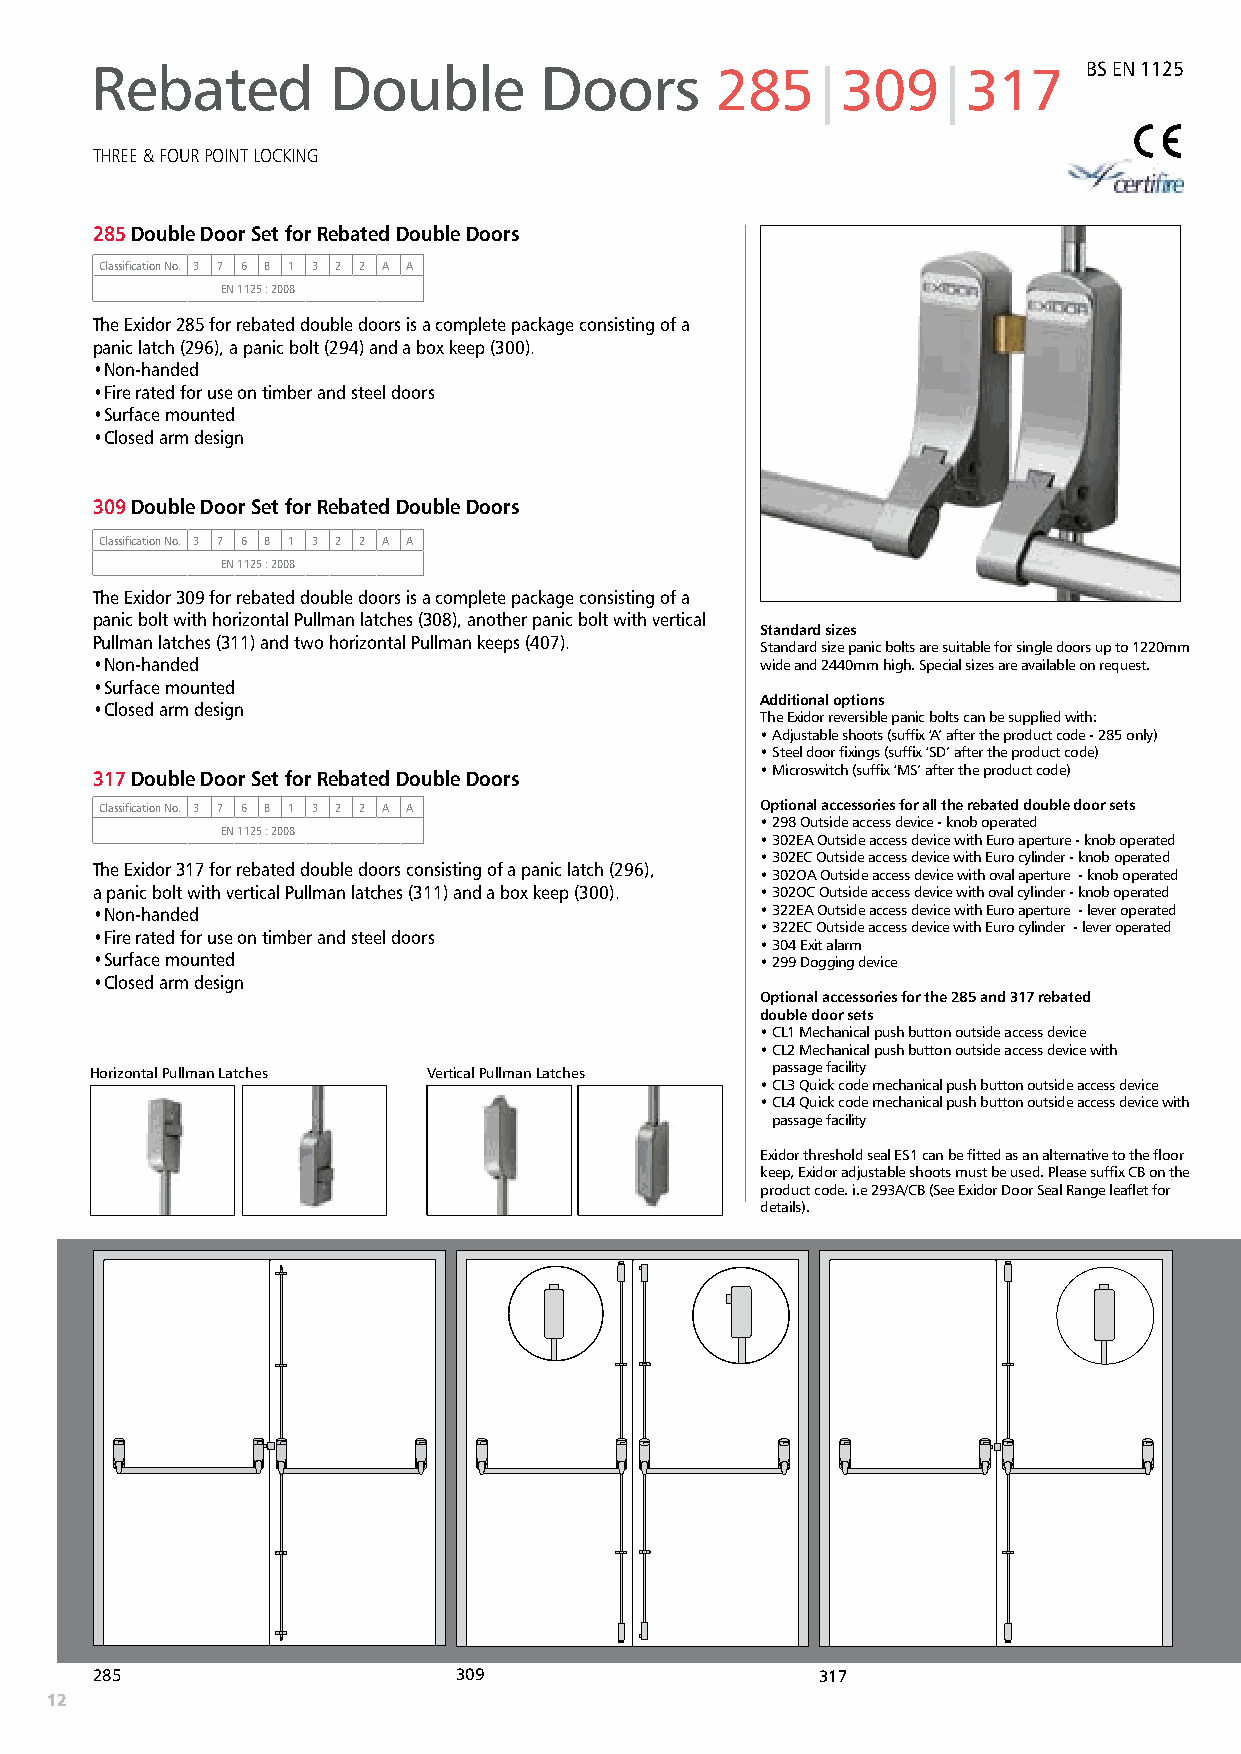
Rebated         Double        Doors      285|309|317              BS EN 1125
 THREE & FOUR POINT LOCKING
 285 Double Door Set for Rebated Double Doors
 Classification No. 3 7 6 B 1 3 2 2 A A
 EN 1125 : 2008
 The Exidor 285 for rebated double doors is a complete package consisting of a
 panic latch (296), a panic bolt (294) and a box keep (300).
 • Non-handed
 • Fire rated for use on timber and steel doors
 • Surface mounted
 • Closed arm design
 309 Double Door Set for Rebated Double Doors
 Classification No. 3 7 6 B 1 3 2 2 A A
 EN 1125 : 2008
 The Exidor 309 for rebated double doors is a complete package consisting of a
 panic bolt with horizontal Pullman latches (308), another panic bolt with vertical
 Standard sizes
 Pullman latches (311) and two horizontal Pullman keeps (407).
 Standard size panic bolts are suitable for single doors up to 1220mm
 • Non-handed                                wide and 2440mm high. Special sizes are available on request.
 • Surface mounted
 Additional options
 • Closed arm design
 The Exidor reversible panic bolts can be supplied with:
 • Adjustable shoots (suffix ‘A’ after the product code - 285 only)
 • Steel door fixings (suffix ‘SD’ after the product code)
 • Microswitch (suffix ‘MS’ after the product code)
 317 Double Door Set for Rebated Double Doors
 Classification No. 3 7 6 B 1 3 2 2 A A     Optional accessories for all the rebated double door sets
 • 298 Outside access device - knob operated
 EN 1125 : 2008
 • 3 02EA Outside access device with Euro aperture - knob operated
 • 3 02EC Outside access device with Euro cylinder - knob operated
 The Exidor 317 for rebated double doors consisting of a panic latch (296),
 • 3 02OA Outside access device with oval aperture - knob operated
 a panic bolt with vertical Pullman latches (311) and a box keep (300). • 3 02OC Outside access device with oval cylinder - knob operated
 • Non-handed                                • 3 22EA Outside access device with Euro aperture - lever operated
 • 3 22EC Outside access device with Euro cylinder - lever operated
 • Fire rated for use on timber and steel doors
 • 304 Exit alarm
 • Surface mounted                           • 299 Dogging device
 • Closed arm design
 Optional accessories for the 285 and 317 rebated
 double door sets
 • C L1 Mechanical push button outside access device
 • C L2 Mechanical push button outside access device with
 Horizontal Pullman Latches Vertical Pullman Latches passage facility
 • C L3 Quick code mechanical push button outside access device
 • C L4 Quick code mechanical push button outside access device with
 passage facility
 Exidor threshold seal ES1 can be fitted as an alternative to the floor
 keep, Exidor adjustable shoots must be used. Please suffix CB on the
 product code. i.e 293A/CB (See Exidor Door Seal Range leaflet for
 details).
 285                     309                     317
 12